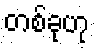
တစ်ခုဟု